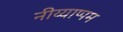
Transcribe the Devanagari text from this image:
नीय्याप्पम